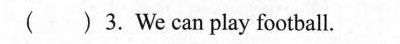
( ) 3. We can play football.